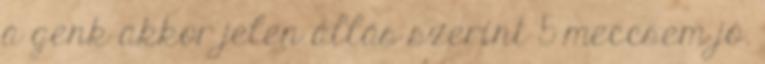
a genk akkor jelen állás szerint 5 meccsem jó.